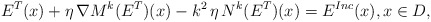
\begin{align*}E^T(x) + \eta \, \nabla M^k(E^T)(x) - k^2 \, \eta \, N^{k}(E^T)(x) = E^{Inc}(x),x\in D,\end{align*}